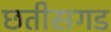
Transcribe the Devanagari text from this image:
छतीसगड